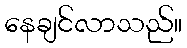
နေချင်လာသည်။